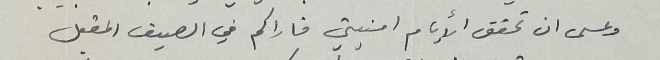
وعسى ان تحقق الأيام امنيتي فاراكم في الصيف المقبل